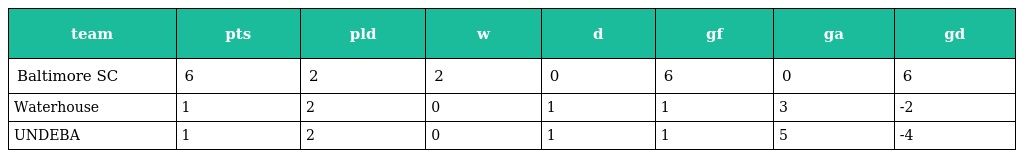
| team | pts | pld | w | d | gf | ga | gd |
 | --- | --- | --- | --- | --- | --- | --- | --- |
 | Baltimore SC | 6 | 2 | 2 | 0 | 6 | 0 | 6 |
 | Waterhouse | 1 | 2 | 0 | 1 | 1 | 3 | -2 |
 | UNDEBA | 1 | 2 | 0 | 1 | 1 | 5 | -4 |